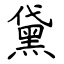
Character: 黛